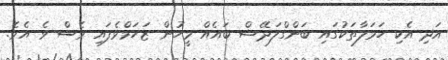
އަދި އެކި ހަމަލާތަކުގައި ބަންގްލަދޭޝް ބައެއް މީހުން ޒަހަމްވެފައި ވެސް ވެ އެވެ.